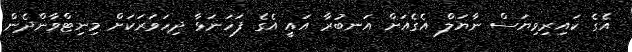
އެގެ ކައިރިވިޔަސް ނާޔަލް އެގެއަށް އަނބުރާ އައީ އެގެ ފަހަނަޅާ ދިހަވަރަކަށް މިނިޓްވާންދެން